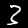
Label: 3